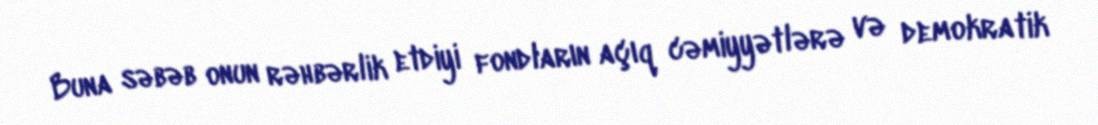
Buna səbəb onun rəhbərlik etdiyi fondların açıq cəmiyyətlərə və demokratik